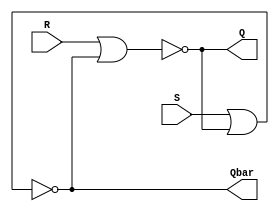
module sr_latch(S,R,Q,Qbar);
  
input S,R;
output Q,Qbar;
  
  assign Q = ~(R|Qbar);
assign Qbar = ~(S|Q);
  
endmodule